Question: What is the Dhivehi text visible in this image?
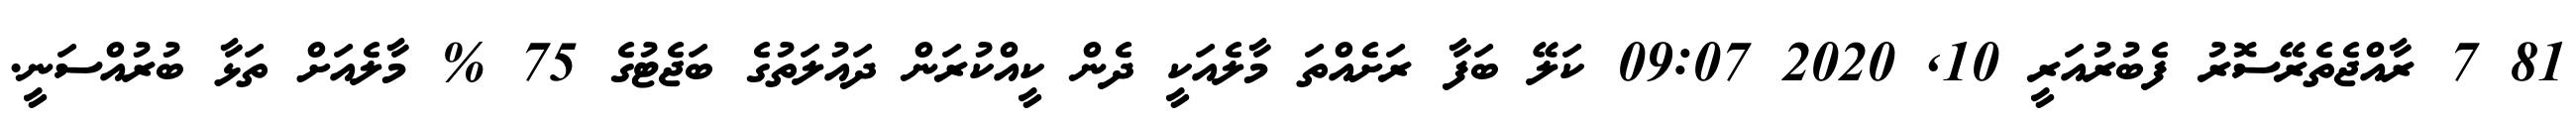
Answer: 81 7 ރާއްޖެތެރޭސޮރު ފެބުރުއަރީ 10, 2020 09:07 ކަލޭ ބަފާ ރަށެއްތަ މާލެއަކީ ދެން ކީއްކުރަން ދައުލަތުގެ ބަޖެޓުގެ 75 % މާލެއަށް ތަޅާ ބުރުއްސަނީ.